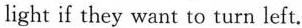
light if they want to turn left.